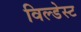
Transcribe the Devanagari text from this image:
विल्डेस्ट